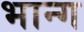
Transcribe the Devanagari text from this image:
भान्ग